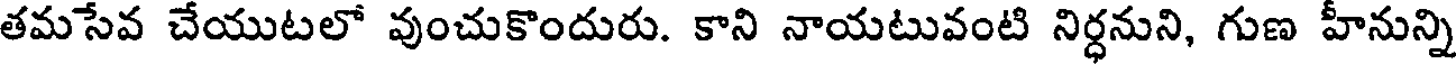
తమసేవ చేయుటలో వుంచుకొందురు. కాని నాయటువంటి నిర్ధనుని, గుణ హీనున్ని